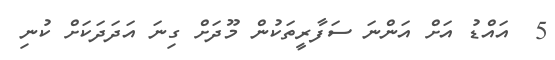
5  އައްޑު އަށް އަންނަ ސަފާރީތަކުން މޫދަށް ގިނަ އަދަދަކަށް ކުނި